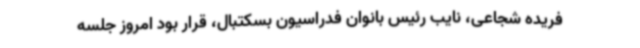
فریده شجاعی، نایب رئیس بانوان فدراسیون بسکتبال، قرار بود امروز جلسه